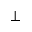
\bot